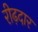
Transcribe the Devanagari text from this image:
रीढ़दार